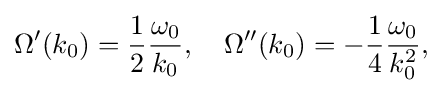
\Omega '(k_{0})={\frac {1}{2}}{\frac {\omega _{0}}{k_{0}}},\quad \Omega ''(k_{0})=-{\frac {1}{4}}{\frac {\omega _{0}}{k_{0}^{2}}},\,\!